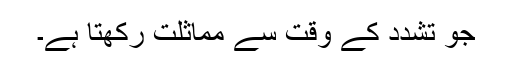
جو تشدد کے وقت سے مماثلت رکھتا ہے۔